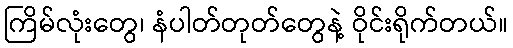
ကြိမ်လုံးတွေ၊ နံပါတ်တုတ်တွေနဲ့ ဝိုင်းရိုက်တယ်။